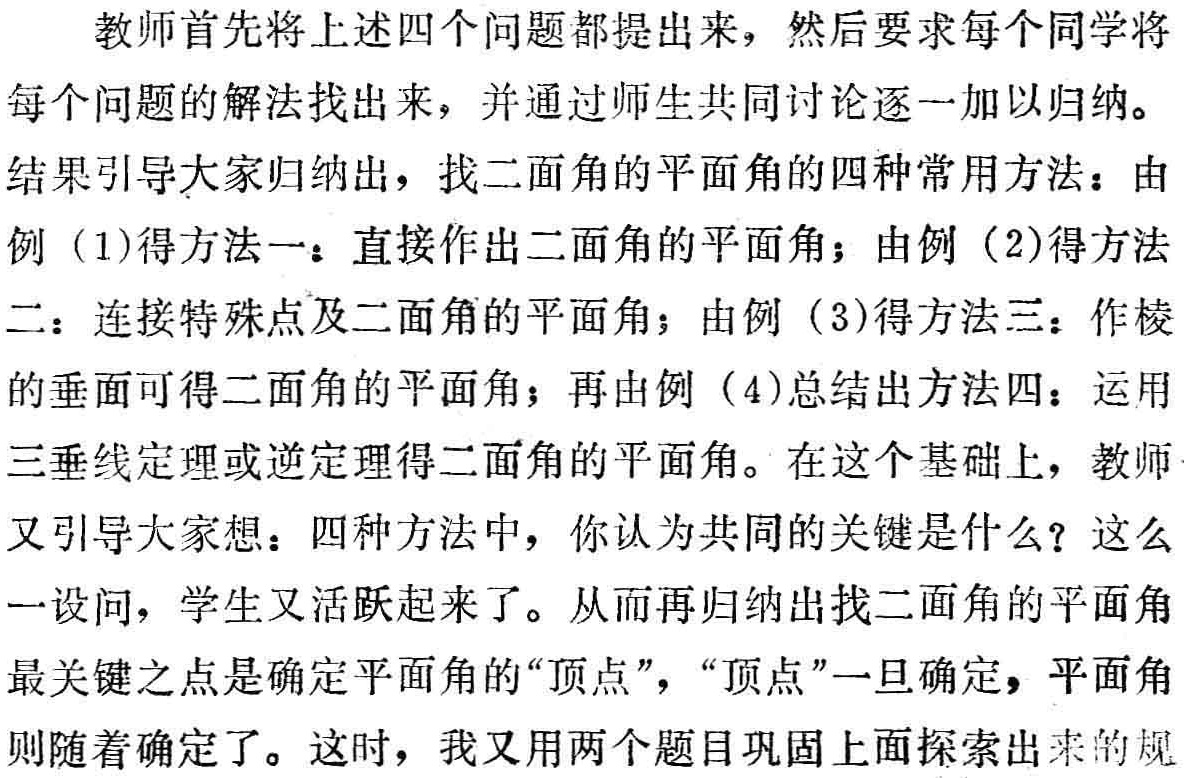
教师首先将上述四个问题都提出来，然后要求每个同学将每个问题的解法找出来，并通过师生共同讨论逐一加以归纳。

结果引导大家归纳出，找二面角的平面角的四种常用方法：由例（1）得方法一：直接作出二面角的平面角；由例（2）得方法二：连接特殊点及二面角的平面角；由例（3）得方法三：作棱的垂面可得二面角的平面角；再由例（4）总结出方法四：运用三垂线定理或逆定理得二面角的平面角。在这个基础上，教师又引导大家想：四种方法中，你认为共同的关键是什么？这么一设问，学生又活跃起来了。从而再归纳出找二面角的平面角最关键之点是确定平面角的“顶点”，“顶点”一旦确定，平面角则随着确定了。这时，我又用两个题目巩固上面探索出来的规